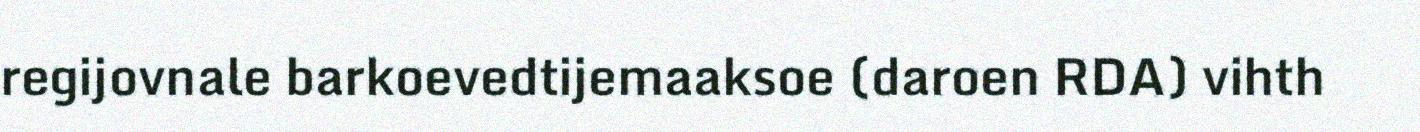
regijovnale barkoevedtijemaaksoe (daroen RDA) vihth